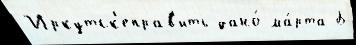
Иркутск'еправ'ить дано́ ма́рта Б